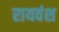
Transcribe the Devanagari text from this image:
रायवंश